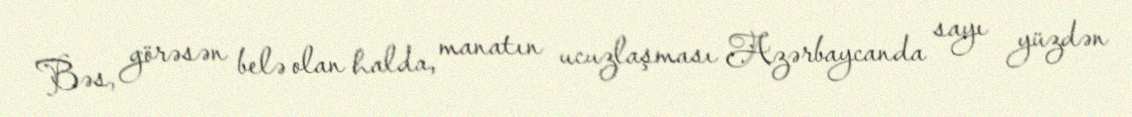
Bəs, görəsən belə olan halda, manatın ucuzlaşması Azərbaycanda sayı yüzdən